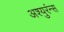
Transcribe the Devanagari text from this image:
अश्युरंन्स